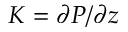
K = \partial P / \partial z